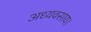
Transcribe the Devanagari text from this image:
अध्यवसाय।